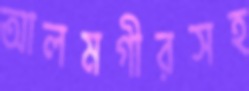
আলমগীরসহ